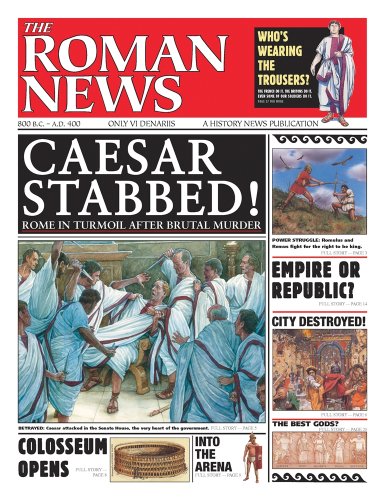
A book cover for History News: The Roman News; Andrew Langley; Children's Books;